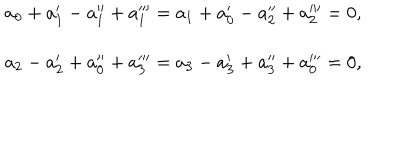
LaTeX: \begin{array} { c } { { a _ { 0 } + a _ { 1 } ^ { \prime } - a _ { 1 } ^ { \prime \prime } + a _ { 1 } ^ { \prime \prime \prime } = a _ { 1 } + a _ { 0 } ^ { \prime } - a _ { 2 } ^ { \prime \prime } + a _ { 2 } ^ { \prime \prime \prime } = 0 , } } \\ { { a _ { 2 } - a _ { 2 } ^ { \prime } + a _ { 0 } ^ { \prime \prime } + a _ { 3 } ^ { \prime \prime \prime } = a _ { 3 } - a _ { 3 } ^ { \prime } + a _ { 3 } ^ { \prime \prime } + a _ { 0 } ^ { \prime \prime \prime } = 0 , } } \\ \end{array}